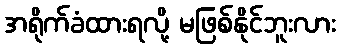
အရိုက်ခံထားရလို့ မဖြစ်နိုင်ဘူးလား